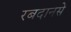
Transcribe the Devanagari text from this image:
रबदानसे